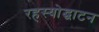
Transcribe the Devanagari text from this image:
रहस्‍योद्घाटन